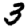
Digit: 3